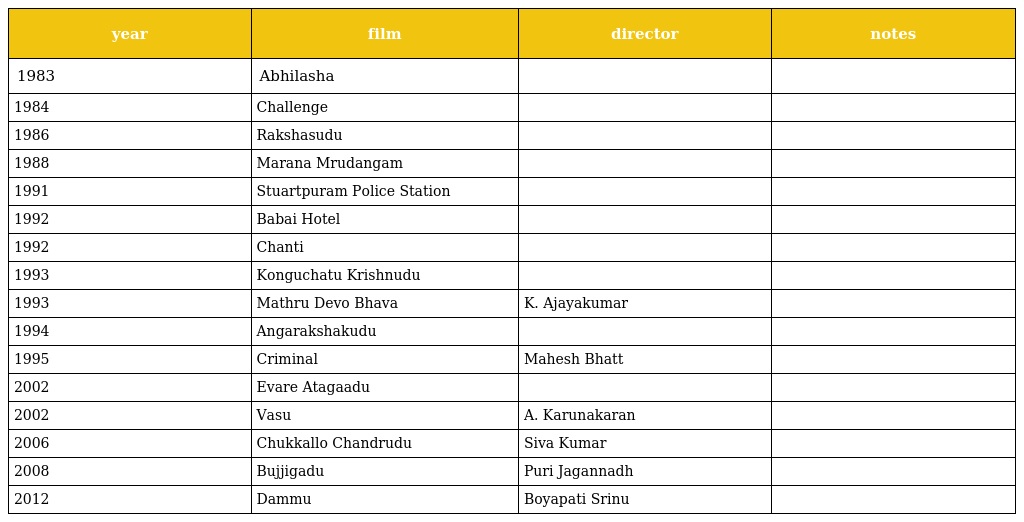
| year | film | director | notes |
 | --- | --- | --- | --- |
 | 1983 | Abhilasha |  |  |
 | 1984 | Challenge |  |  |
 | 1986 | Rakshasudu |  |  |
 | 1988 | Marana Mrudangam |  |  |
 | 1991 | Stuartpuram Police Station |  |  |
 | 1992 | Babai Hotel |  |  |
 | 1992 | Chanti |  |  |
 | 1993 | Konguchatu Krishnudu |  |  |
 | 1993 | Mathru Devo Bhava | K. Ajayakumar |  |
 | 1994 | Angarakshakudu |  |  |
 | 1995 | Criminal | Mahesh Bhatt |  |
 | 2002 | Evare Atagaadu |  |  |
 | 2002 | Vasu | A. Karunakaran |  |
 | 2006 | Chukkallo Chandrudu | Siva Kumar |  |
 | 2008 | Bujjigadu | Puri Jagannadh |  |
 | 2012 | Dammu | Boyapati Srinu |  |